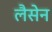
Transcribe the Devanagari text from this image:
लैसेन